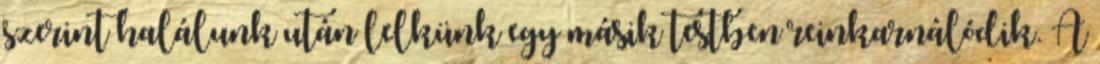
szerint halálunk után lelkünk egy másik testben reinkarnálódik. A